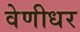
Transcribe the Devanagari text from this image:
वेणीधर